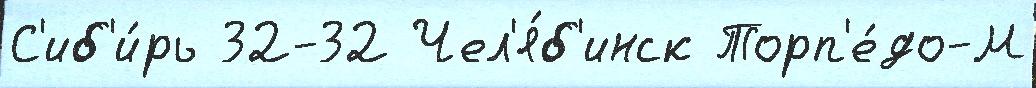
С'иб'и́рь 32-32 Чел'я́б'инск Торп'е́до-М